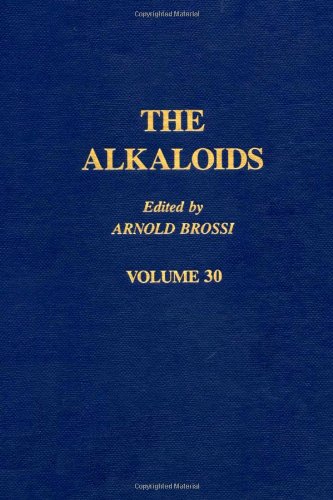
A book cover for The Alkaloids: Chemistry and Pharmacology, Vol. 30; Science & Math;